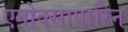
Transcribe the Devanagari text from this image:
एनोक्सापारिन